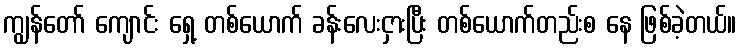
ကျွန်တော် ကျောင်း ရှေ့ တစ်ယောက် ခန်းလေးငှားပြီး တစ်ယောက်တည်းစ နေ ဖြစ်ခဲ့တယ်။